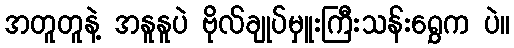
အတူတူနဲ့ အနူနူပဲ ဗိုလ်ချုပ်မှူးကြီးသန်းရွှေက ပဲ။